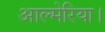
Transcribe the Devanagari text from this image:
आल्मेरिया।